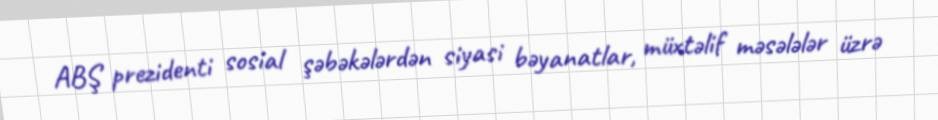
ABŞ prezidenti sosial şəbəkələrdən siyasi bəyanatlar, müxtəlif məsələlər üzrə